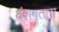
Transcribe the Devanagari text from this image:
वंशगतता